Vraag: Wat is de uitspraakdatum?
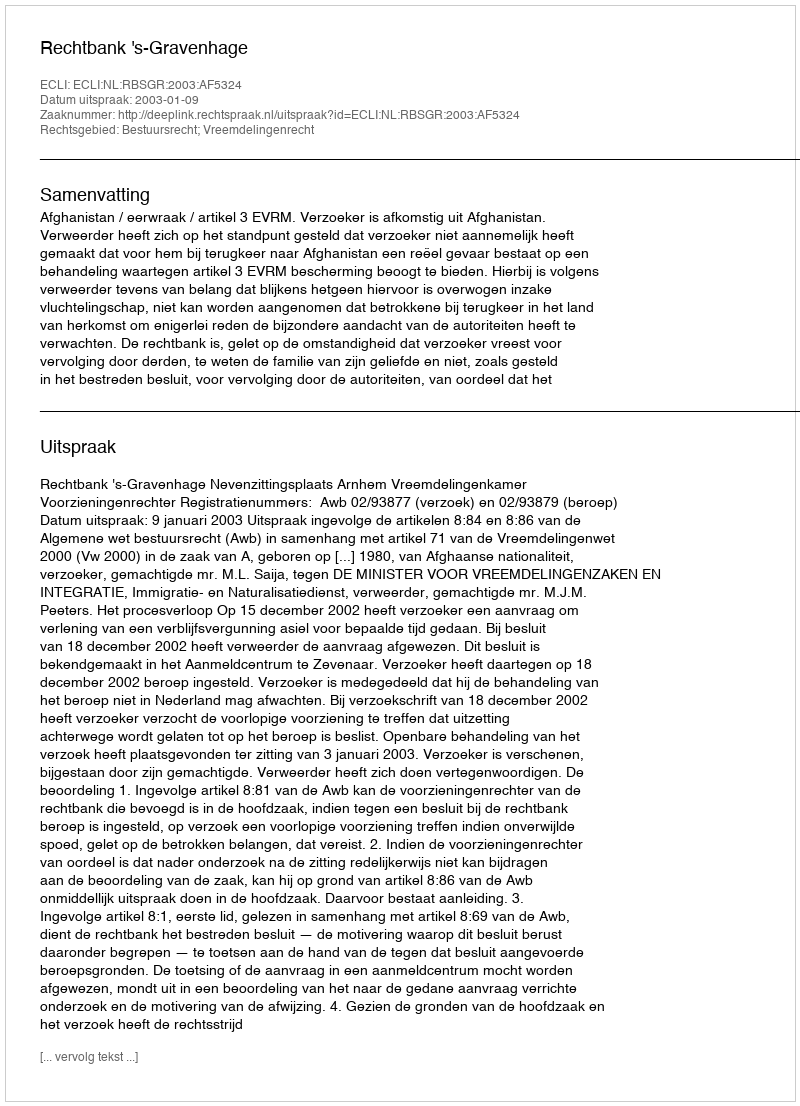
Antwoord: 2003-01-09